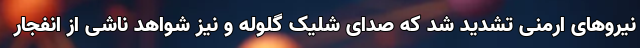
نیروهای ارمنی تشدید شد که صدای شلیک گلوله و نیز شواهد ناشی از انفجار